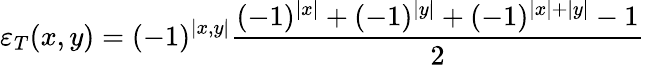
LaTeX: \varepsilon_{T}(x,y)=(-1)^{\left|x,y\right|}\frac{(-1)^{\left|x\right|}+(-1)^{\left|y\right|}+(-1)^{\left|x\right|+\left|y\right|}-1}{2}